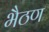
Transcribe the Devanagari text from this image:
भैठण